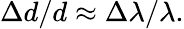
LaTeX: \Delta d/d\approx\Delta\lambda/\lambda.